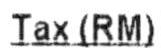
TAX (RM)